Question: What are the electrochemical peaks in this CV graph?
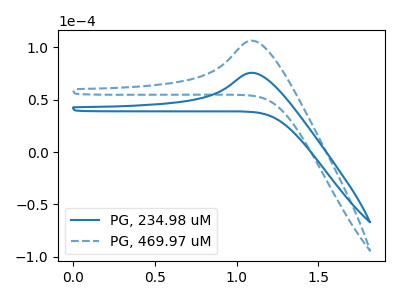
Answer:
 <answer>The blue curve "PG, 234.98 uM" has an anodic peak at: (1.10V, 75.65uA). The blue dashed curve "PG, 469.97 uM" has an anodic peak at: (1.10V, 106.35uA).</answer>
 <eval></eval>